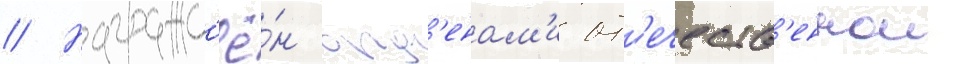
// Награжд'ё́н орд'енам'и от'ечеств'еннои